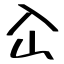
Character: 屳